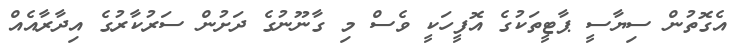
އެގޮތުން ސިޔާސީ ޕާޓީތަކުގެ އޮފީހަކީ ވެސް މި ގާނޫނުގެ ދަށުން ސަރުކާރުގެ އިދާރާއެއް